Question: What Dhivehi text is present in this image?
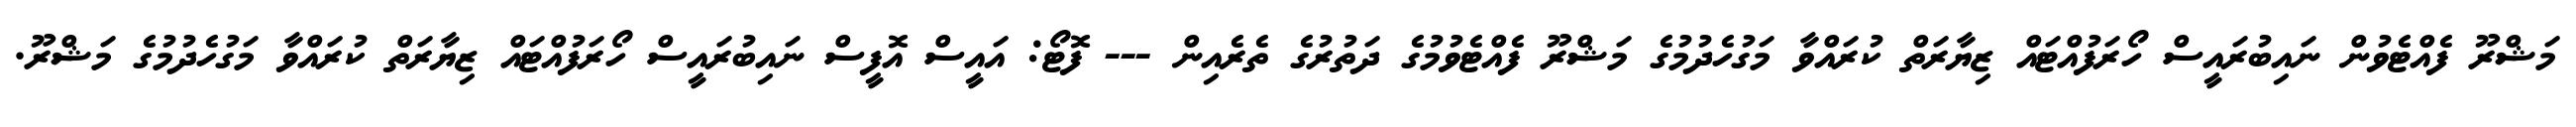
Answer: މަޝްރޫ ފެއްޓެވުން ނައިބުރައީސް ހޯރަފުއްޓައް ޒިޔާރަތް ކުރައްވާ މަގުހެދުމުގެ މަޝްރޫ ފެއްޓެވުމުގެ ދަތުރުގެ ތެރެއިން --- ފޮޓޯ: އައީސް އޮފީސް ނައިބުރައީސް ހޯރަފުއްޓައް ޒިޔާރަތް ކުރައްވާ މަގުހެދުމުގެ މަޝްރޫ.